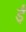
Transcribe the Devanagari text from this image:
ईँ